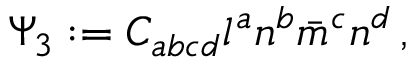
\Psi _ { 3 } : = C _ { a b c d } l ^ { a } n ^ { b } { \bar { m } } ^ { c } n ^ { d } \, ,